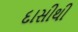
દાસીથી